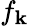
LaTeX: f_{\mathbf{k}}